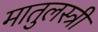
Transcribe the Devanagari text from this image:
मातुलस्त्री